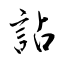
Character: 詀